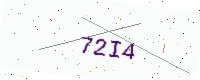
Text: 72I4